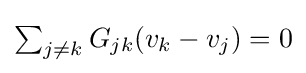
{\textstyle \sum _{j\neq k}G_{jk}(v_{k}-v_{j})=0}